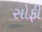
સોફી